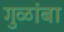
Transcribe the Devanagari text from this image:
गुळांबा